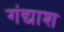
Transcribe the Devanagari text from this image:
गंद्याश